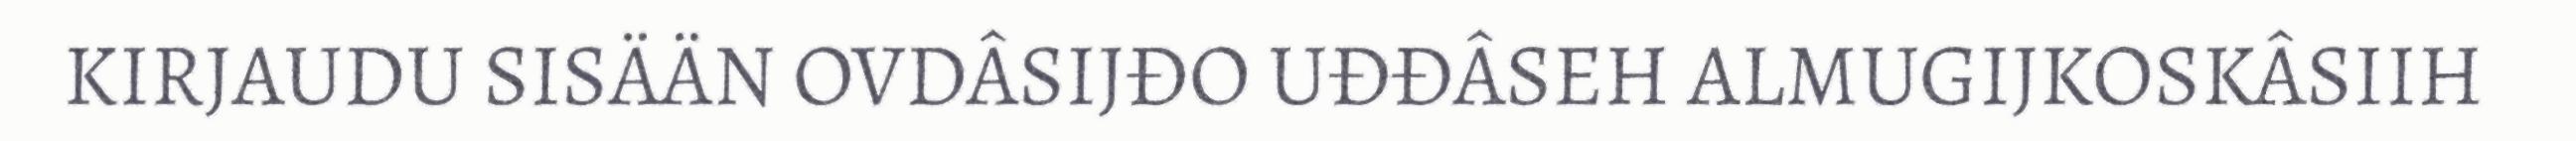
KIRJAUDU SISÄÄN OVDÂSIJĐO UĐĐÂSEH ALMUGIJKOSKÂSIIH